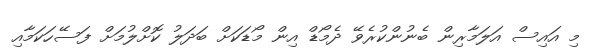
މި އައިސް އަލަމާރިން ބެނުންކުރެވޭ ދެމޯޑް އިން މޯޑަކަށް ބަދަލު ކޮށްލުމަށް ފަސޭހަކަމާއި